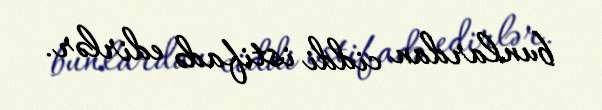
bunlardan ciddi istifadə edirlər.